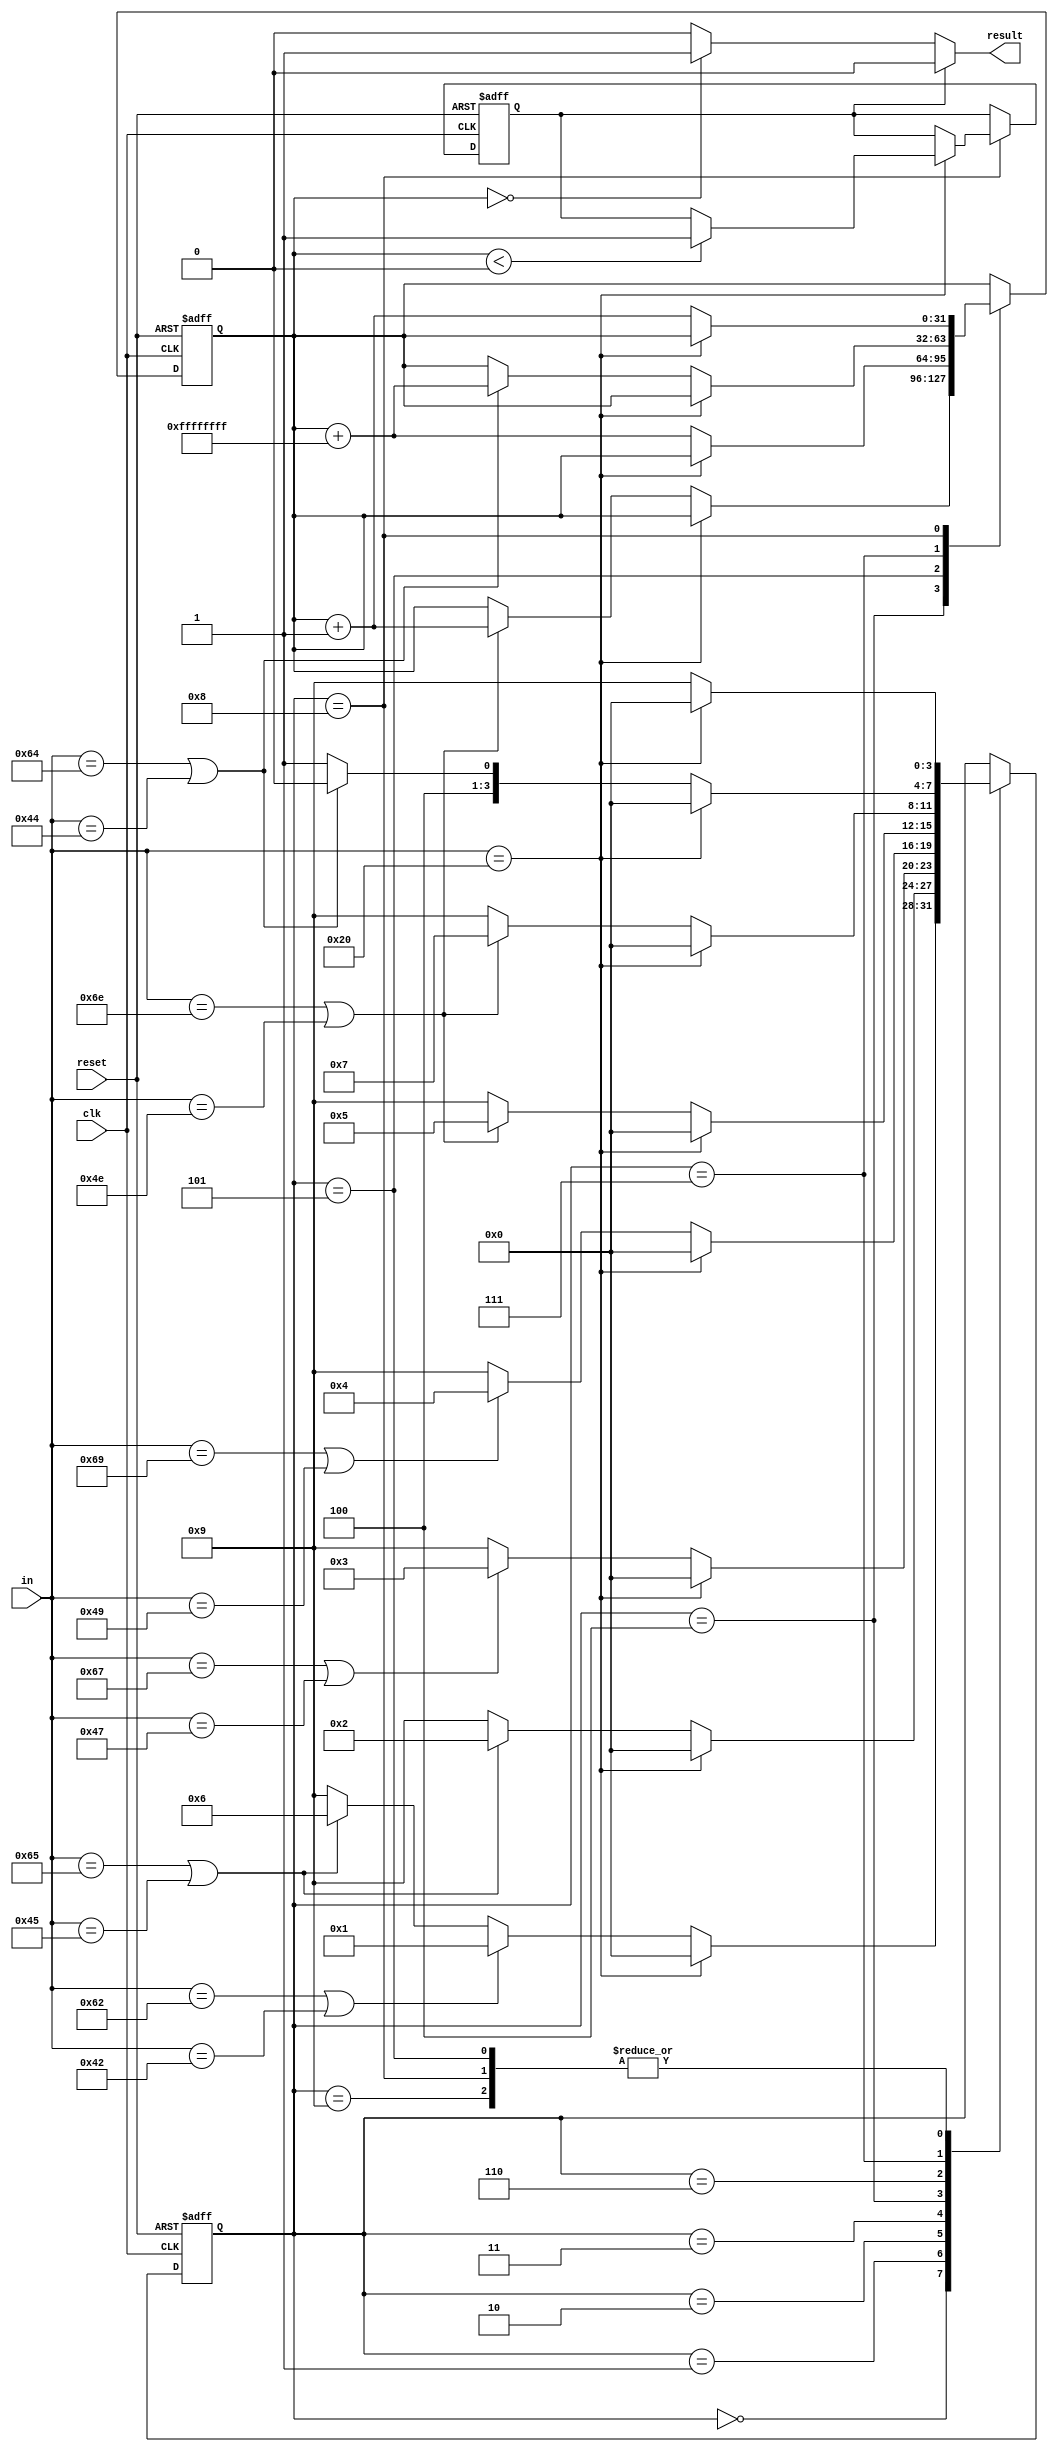
module BlockChecker(
    input clk,
    input reset,
    input [7:0] in,
    output result
    );
   reg signed [31:0] cnt=0;
    reg result;
    reg [3:0] state;
    reg flow=0;
    parameter S0=4'b0,S1=4'b1,S2=4'b10,S3=4'b11,S4=4'b100,S5=4'b101,S6=4'b110,S7=4'b111,S8=4'b1000,S9=4'b1001;

    always@(posedge clk or posedge reset)begin
      if(reset)
      begin
        state<=S0;
        cnt<=0;
        flow<=0;
      end
      else begin
        case(state)
          S0:begin
            if(in==" ")begin
              state<=S0;
            end
            else if(in=="b"||in=="B")begin
              state<=S1;
            end
            else if(in=="e"||in=="E")begin
              state<=S6;
            end
            else begin
              state<=S9;
            end

          end

          S1:begin
            if(in==" ")begin
              state<=S0;
            end
            else if(in=="e"||in=="E")begin
              state<=S2;
            end
            else begin
              state<=S9;
            end
          end

          S2:begin
            if(in==" ")begin
              state<=S0;
            end
            else if(in=="g"||in=="G")begin
              state<=S3;
            end
            else begin
              state<=S9;
            end
          end

          S3:begin
            if(in==" ")begin
              state<=S0;
            end
            else if(in=="i"||in=="I")begin
              state<=S4;
            end
            else begin
              state<=S9;
            end
          end

          S4:begin
            if(in==" ")begin
              state<=S0;
            end
            else if(in=="n"||in=="N")begin
              cnt=cnt+32'b1;
              state<=S5;
            end
            else begin
              state<=S9;
            end
          end

          S5:begin
            if(in==" ")begin
              state<=S0;
            end
            else begin
              cnt=cnt+32'b11111111111111111111111111111111;
              state<=S9;
            end
          end

          S6:begin
            if(in==" ")begin
              state<=S0;
            end
            else if(in=="n"||in=="N")begin
              state<=S7;
            end
            else begin
              state<=S9;
            end
          end

          S7:begin
            if(in==" ")begin
              state<=S0;
            end
            else if(in=="d"||in=="D")begin
              state<=S8;
              cnt=cnt+32'b11111111111111111111111111111111;
            end
            else begin
              state<=S9;
            end
          end

          S8:begin
            if(in==" ")begin
              if(cnt<0) flow=1;
              state<=S0;
            end
            else begin
              cnt=cnt+32'b1;
              state<=S9;
            end
          end

          S9:begin
            if(in==" ")begin
              state<=S0;
            end
            else begin
              state<=S9;
            end
          end

        endcase
      end
    end

    always@(*) begin
        if(flow)
          result<=0;
        else if(cnt==0)
          result<=1;
        else
          result<=0;
    end

endmodule